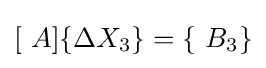
[\ A]\{\Delta X_{3}\}=\{\ B_{3}\}